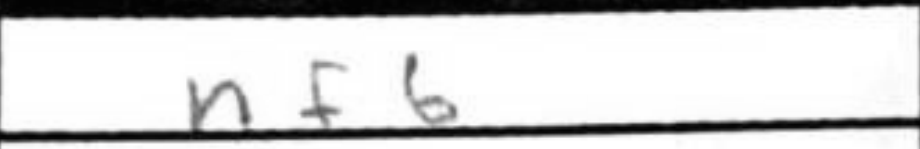
Transcription: Nf6